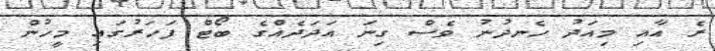
ރެ އާއި މިއަދު ހެނދުނު ވެސް ގިނަ އަދަދެއްގެ ބޯޓް ފަހަރުގައި މީހުން